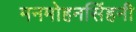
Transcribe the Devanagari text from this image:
मनमोहनसिंहनी